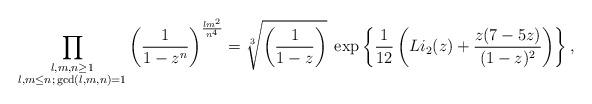
LaTeX: \begin{align*} \prod_{\substack{l,m,n \geq 1 \\ l,m \leq n ; \, \gcd(l,m,n)=1}} \left( \frac{1}{1-z^n} \right)^{\frac{ l m^2 }{n^4}} = \sqrt[3]{\left( \frac{1}{1-z} \right)} \; \exp\left\{ \frac{1}{12} \left( Li_2(z) + \frac{z(7-5z)}{(1-z)^2}\right) \right\},\end{align*}